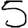
Digit: 5